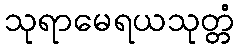
သုရာမေရယသုတ္တံ